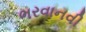
ભરવાનવી